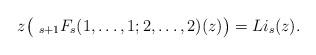
LaTeX: \begin{align*}z\bigl(~_{s+1}F_s(1, \ldots, 1;2, \ldots, 2)(z)\bigr)=Li_s(z).\end{align*}